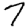
Digit: 7